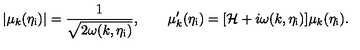
| \mu _ { k } ( \eta _ { \mathrm { i } } ) | = \frac { 1 } { \sqrt { 2 \omega ( k , \eta _ { \mathrm { i } } ) } } , \qquad \mu _ { k } ^ { \prime } ( \eta _ { \mathrm { i } } ) = [ { \cal H } + i \omega ( k , \eta _ { \mathrm { i } } ) ] \mu _ { k } ( \eta _ { \mathrm { i } } ) .